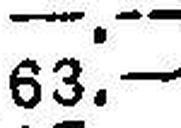
63.—